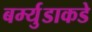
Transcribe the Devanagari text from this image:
बर्म्युडाकडे